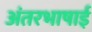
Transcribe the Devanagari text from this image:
अंतरभाषाई